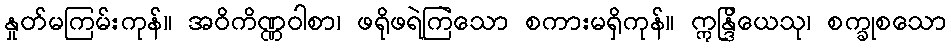
နှုတ်မကြမ်းကုန်။ အဝိကိဏ္ဏဝါစာ၊ ဖရိုဖရဲကြဲသော စကားမရှိကုန်။ ဣန္ဒြိယေသု၊ စက္ခုစသော